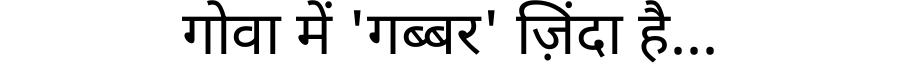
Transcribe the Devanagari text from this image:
गोवा में 'गब्बर' ज़िंदा है...